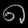
Digit: ၈